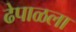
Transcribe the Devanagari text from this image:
ढेपाळला